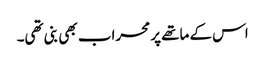
اس کے ماتھے پر محراب بھی بنی تھی۔